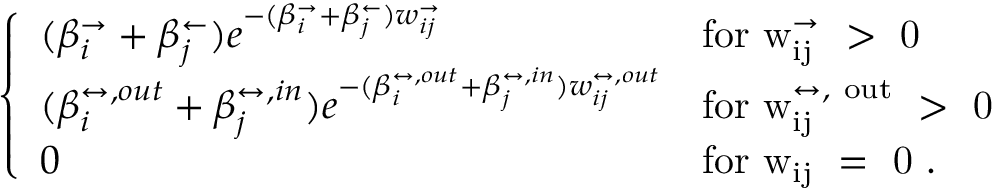
\left\{ \begin{array} { l l } { ( \beta _ { i } ^ { \rightarrow } + \beta _ { j } ^ { \leftarrow } ) e ^ { - ( \beta _ { i } ^ { \rightarrow } + \beta _ { j } ^ { \leftarrow } ) w _ { i j } ^ { \rightarrow } } } & { \mathrm { f o r ~ w _ { i j } ^ { \rightarrow } ~ > ~ 0 ~ } } \\ { ( \beta _ { i } ^ { \leftrightarrow , o u t } + \beta _ { j } ^ { \leftrightarrow , i n } ) e ^ { - ( \beta _ { i } ^ { \leftrightarrow , o u t } + \beta _ { j } ^ { \leftrightarrow , i n } ) w _ { i j } ^ { \leftrightarrow , o u t } } } & { \mathrm { f o r ~ w _ { i j } ^ { \leftrightarrow , ~ o u t } ~ > ~ 0 ~ } } \\ { 0 } & { \mathrm { f o r ~ w _ { i j } ~ = ~ 0 ~ } . } \end{array} \right.